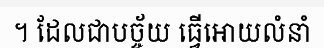
។ ដែលជាបច្ច័យ ធ្វើអោយលំនាំ